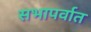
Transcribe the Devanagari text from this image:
सभापर्वात